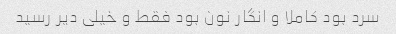
سرد بود کاملا و انگار نون بود فقط و خیلی دیر رسید